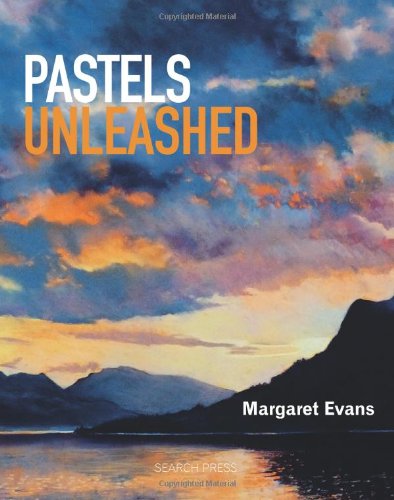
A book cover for Pastels Unleashed; Margaret Evans; Arts & Photography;